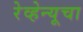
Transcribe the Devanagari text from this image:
रेव्हेन्यूचा